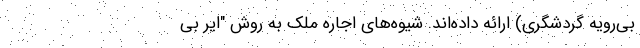
بی‌رویه گردشگری) ارائه داده‌اند. شیوه‌های اجاره ملک به روش "ایر بی‌